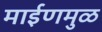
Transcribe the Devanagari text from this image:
माईणमुळ